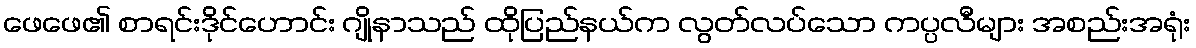
ဖေဖေ၏ စာရင်းဒိုင်ဟောင်း ဂျိုနာသည် ထိုပြည်နယ်က လွတ်လပ်သော ကပ္ပလီများ အစည်းအရုံး